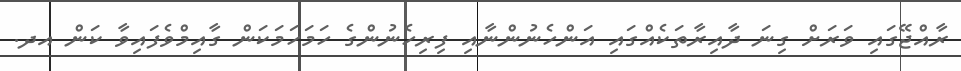
ރާއްޖޭގައި ވަރަށް ގިނަ ދާއިރާތަކެއްގައި އަންހެނުންނާއި ފިރިހެނުންގެ ހަމަހަމަކަން ގާއިމްވެފައިވާ ކަން އދ.